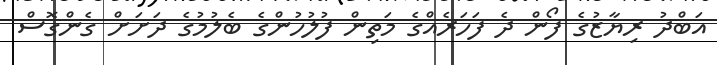
އަބްދު ރިޔާޒުގެ ފޯން ދެ ފަހަރެއްގެ މަތިން ފުލުހުންގެ ބެލުމުގެ ދަށަށް ގެންގޮސް